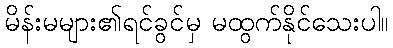
မိန်းမများ၏ရင်ခွင်မှ မထွက်နိုင်သေးပါ။